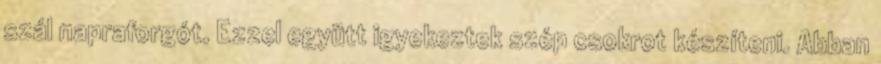
szál napraforgót. Ezzel együtt igyekeztek szép csokrot készíteni. Abban